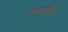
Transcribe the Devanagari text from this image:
रामविण